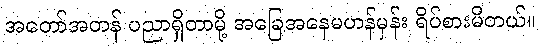
အတော်အတန် ပညာရှိတာမို့ အခြေအနေမဟန်မှန်း ရိပ်စားမိတယ်။